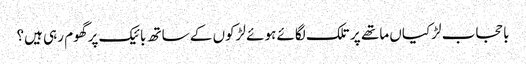
با حجاب لڑکیاں ماتھے پر تلک لگائے ہوئے لڑکوں کے ساتھ بائیک پر گھوم رہی ہیں؟